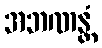
အဘဏန္တံ